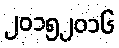
၂၀၁၅၂၀၁၆